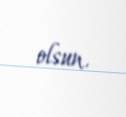
olsun.